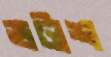
ভটাশ